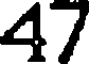
47